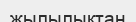
жылылықтан